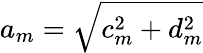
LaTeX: a_{m}=\sqrt{c_{m}^{2}+d_{m}^{2}}